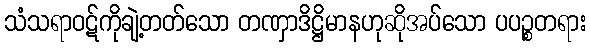
သံသရာဝဋ်ကိုချဲ့တတ်သော တဏှာဒိဋ္ဌိမာနဟုဆိုအပ်သော ပပဉ္စတရား